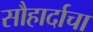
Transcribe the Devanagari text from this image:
सौहार्दाचा